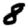
Digit: 8